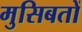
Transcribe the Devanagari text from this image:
मुसिबतों